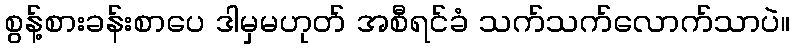
စွန့်စားခန်းစာပေ ဒါမှမဟုတ် အစီရင်ခံ သက်သက်လောက်သာပဲ။